Report on the bubonic plague in Bombay, 1896-1897
Year: 1896
Disease focus: Plague
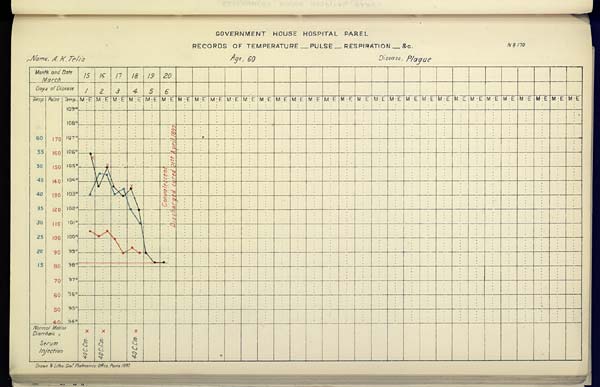
GOVERNMENT HOUSE HOSPITAL PAREL
RECORDS OF TEMPERATURE __ PULSE __ RESPIRATION __ &c. No. 170
Name,
A.
K.
Telis
Age,
60
Disease,
Plague
Drawn & Litho Govt. Photozinco, Office, Poona 1897.